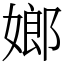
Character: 嫏